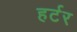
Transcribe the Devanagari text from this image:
हर्टर